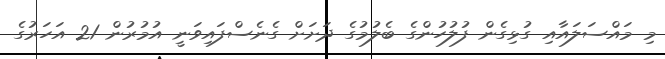
މި މައްސަލައާއި ގުޅިގެން ފުލުހުންގެ ބެލުމުގެ ދަށަށް ގެނެސްފައިވަނީ އުމުރުން 21 އަހަރުގެ